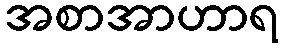
အစာအာဟာရ